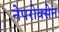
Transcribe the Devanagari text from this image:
नेपरोक्सेन